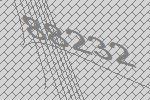
88232